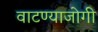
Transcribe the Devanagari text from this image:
वाटण्याजोगी